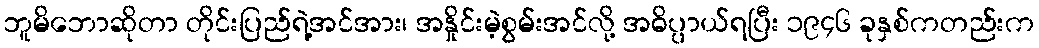
ဘူမိဘောဆိုတာ တိုင်းပြည်ရဲ့အင်အား၊ အနှိုင်းမဲ့စွမ်းအင်လို့ အဓိပ္ပာယ်ရပြီး ၁၉၄၆ ခုနှစ်ကတည်းက